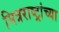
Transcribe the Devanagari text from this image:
मित्रराष्ट्रांच्या